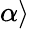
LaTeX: \alpha\rangle